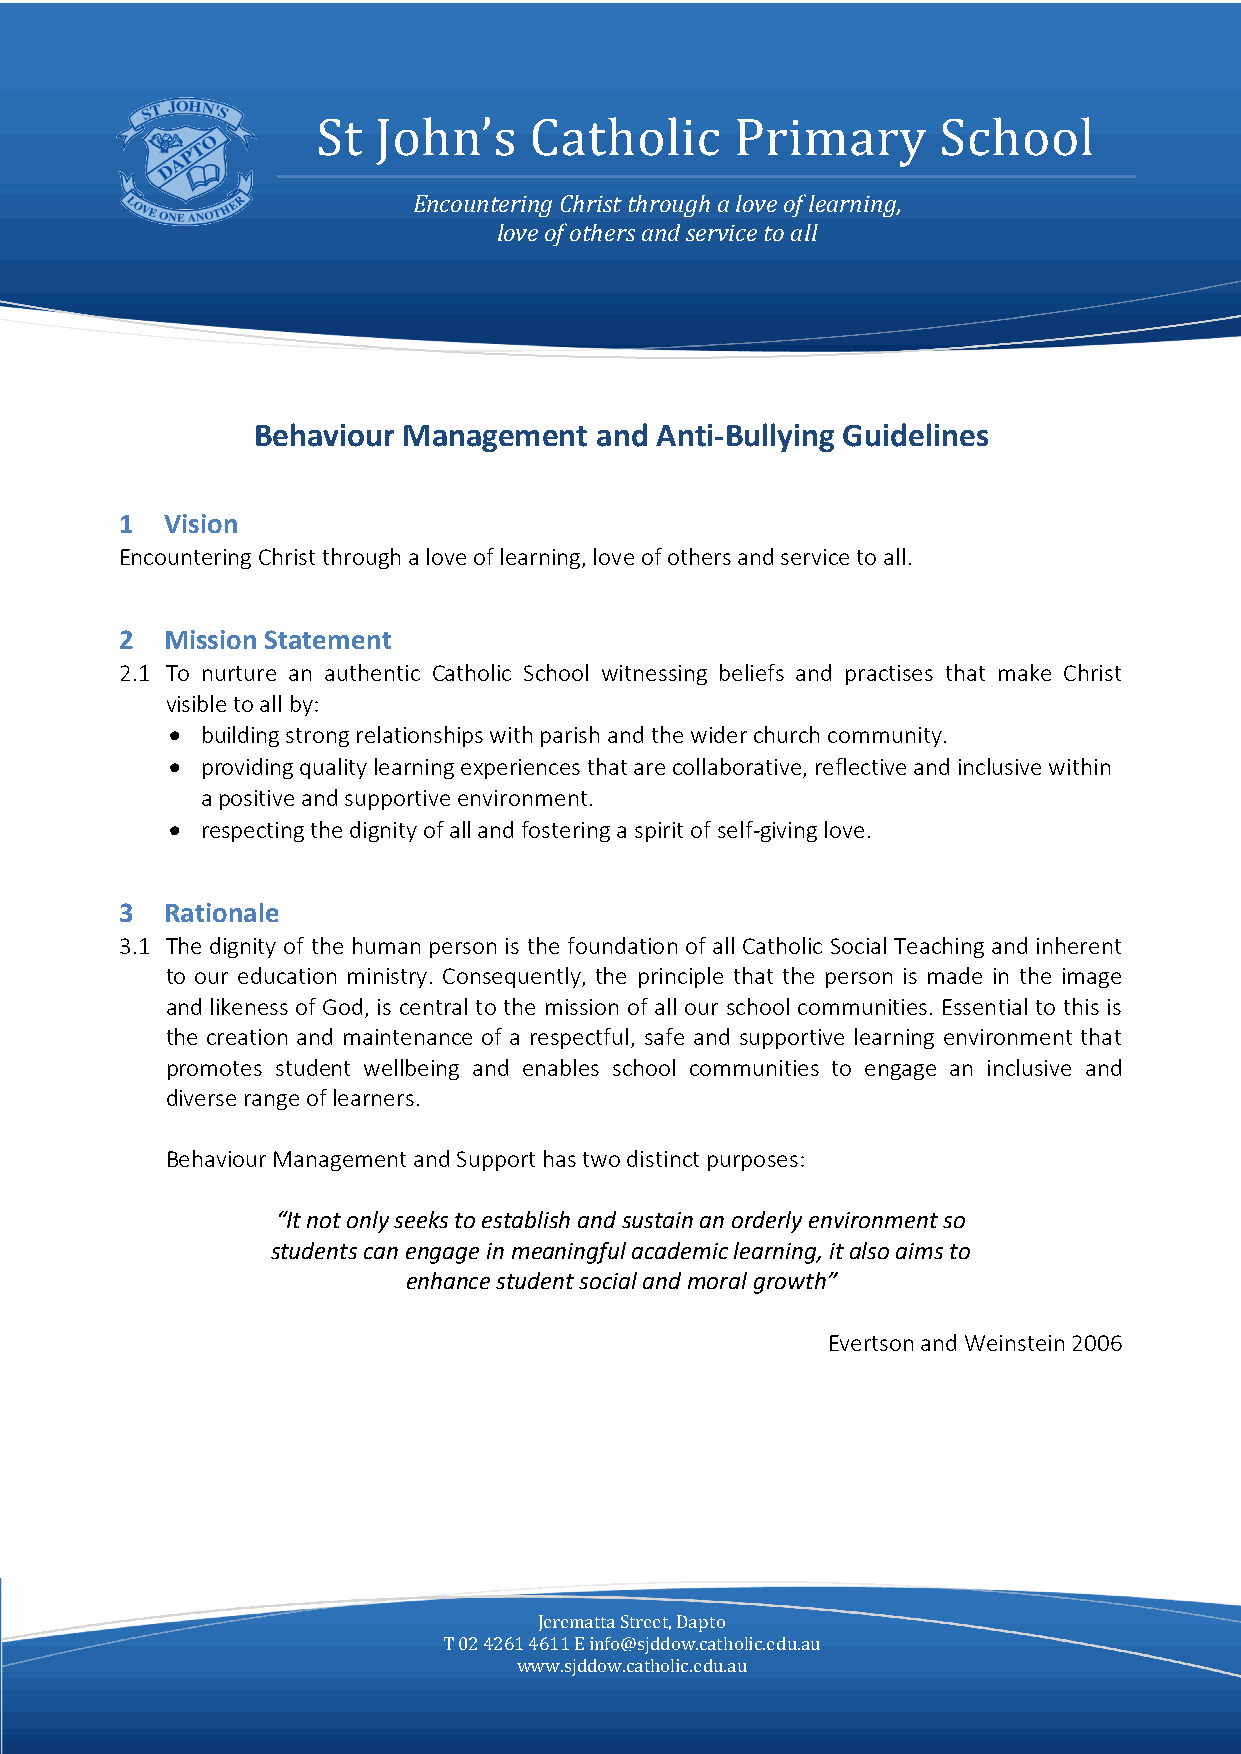
St  John’s    Catholic      Primary      School
 Encountering Christ through a love of learning,
 love of others and service to all
 Behaviour Management  and Anti-Bullying Guidelines
 1  Vision
 Encountering Christ through a love of learning, love of others and service to all.
 2  Mission Statement
 2.1 To nurture an authentic Catholic School witnessing beliefs and practises that make Christ
 visible to all by:
 • building strong relationships with parish and the wider church community.
 • providing quality learning experiences that are collaborative, reflective and inclusive within
 a positive and supportive environment.
 • respecting the dignity of all and fostering a spirit of self-giving love.
 3  Rationale
 3.1 The dignity of the human person is the foundation of all Catholic Social Teaching and inherent
 to our education ministry. Consequently, the principle that the person is made in the image
 and likeness of God, is central to the mission of all our school communities. Essential to this is
 the creation and maintenance of a respectful, safe and supportive learning environment that
 promotes student wellbeing and enables school communities to engage an inclusive and
 diverse range of learners.
 Behaviour Management and Support has two distinct purposes:
 “It not only seeks to establish and sustain an orderly environment so
 students can engage in meaningful academic learning, it also aims to
 enhance student social and moral growth”
 Evertson and Weinstein 2006
 Jerematta Street, Dapto
 T 02 4261 4611 E info@sjddow.catholic.edu.au
 www.sjddow.catholic.edu.au